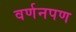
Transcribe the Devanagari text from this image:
वर्णनपण